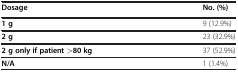
<table><thead><tr><td><b>Dosage</b></td><td><b>No. (%)</b></td></tr></thead><tbody><tr><td><b>1 g</b></td><td>9 (12.9%)</td></tr><tr><td><b>2 g</b></td><td>23 (32.9%)</td></tr><tr><td><b>2 g only if patient &gt;80 kg</b></td><td>37 (52.9%)</td></tr><tr><td><b>N/A</b></td><td>1 (1.4%)</td></tr></tbody></table>